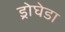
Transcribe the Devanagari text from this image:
ड्रोघेडा